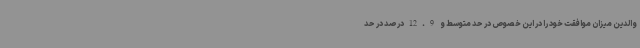
والدین میزان موافقت خود را در این خصوص در حد متوسط و 12.9درصد در حد